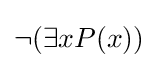
\lnot (\exists xP(x))